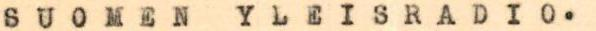
SUOMEN YLEISRADIO.